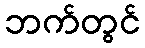
ဘက်တွင်